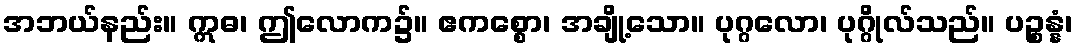
အဘယ်နည်း။ ဣဓ၊ ဤလောက၌။ ဧကစ္စော၊ အချို့သော။ ပုဂ္ဂလော၊ ပုဂ္ဂိုလ်သည်။ ပဉ္စန္နံ၊